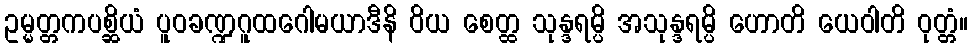
ဥမ္မတ္တကပစ္ဆိယံ ပူဝခဏ္ဍဂူထဂေါမယာဒီနိ ဝိယ စေတ္ထ သုန္ဒရမ္ပိ အသုန္ဒရမ္ပိ ဟောတိ ယေဝါတိ ဝုတ္တံ။